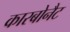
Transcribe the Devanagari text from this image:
कारबोनैट